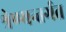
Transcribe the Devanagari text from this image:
श्रेण्यन्तर्गत